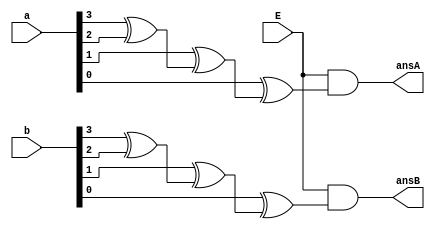
`timescale 1ns / 1ps
//////////////////////////////////////////////////////////////////////////////////
// Company: 
// Engineer: 
// 
// Design Name: 
// Module Name:    oddeven 
// Project Name: 
// Target Devices: 
// Tool versions: 
// Description: 
//
// Dependencies: 
//
// Revision: 
// Revision 0.01 - File Created
// Additional Comments: 
//
//////////////////////////////////////////////////////////////////////////////////
module oddeven(a,b,E,ansA,ansB);
input [3:0]a;
input	[3:0]b;
input E;
output ansA;
output ansB;

wire [3:0]w;
wire wireAnsA, wireAnsB;

xor(w[0], a[3], a[2]);
xor(w[1], a[1], w[0]);
xor(wireAnsA, a[0], w[1]);

xor(w[2], b[3], b[2]);
xor(w[3], b[1], w[2]);
xor(wireAnsB, b[0], w[3]);

and(ansA, E, wireAnsA);
and(ansB, E, wireAnsB);


endmodule